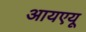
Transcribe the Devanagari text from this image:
आयएयू